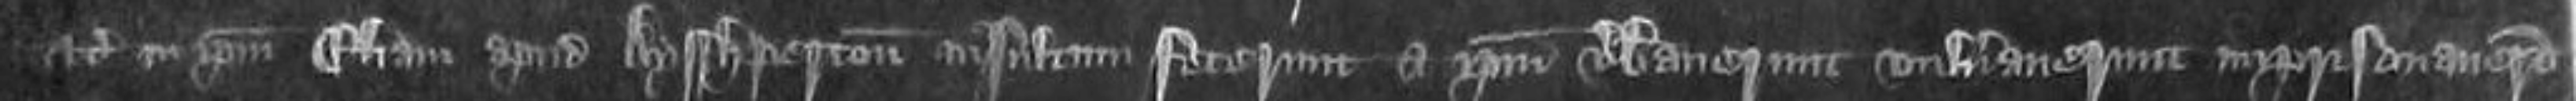
etc in ipsum Eliam apud Ayshperton insultum fecerunt et ipsum verberaverunt vulneraverunt imprisonaverunt